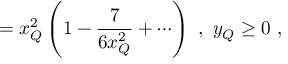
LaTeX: = x _ { Q } ^ { 2 } \left( 1 - \frac { 7 } { 6 x _ { Q } ^ { 2 } } + \cdots \right) ~ , ~ y _ { Q } \geq 0 ~ ,